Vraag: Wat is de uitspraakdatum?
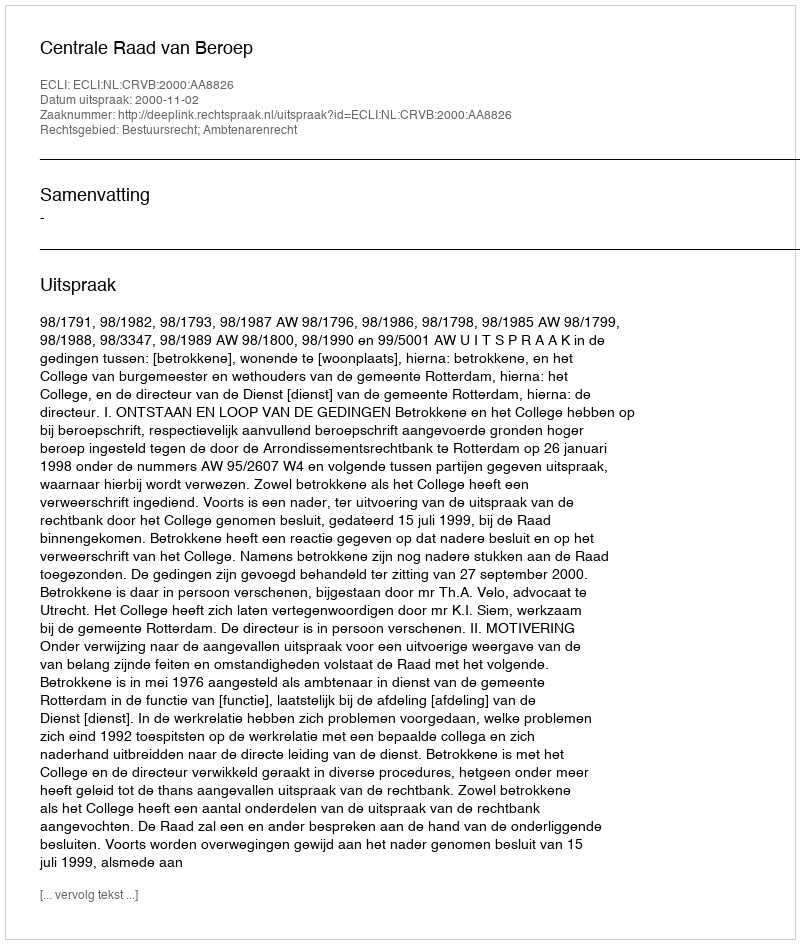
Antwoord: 2000-11-02